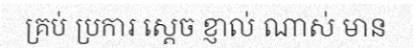
គ្រប់ ប្រការ ស្តេច ខ្ញាល់ ណាស់ មាន